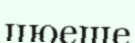
цюеше